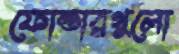
ফোল্ডারগুলো